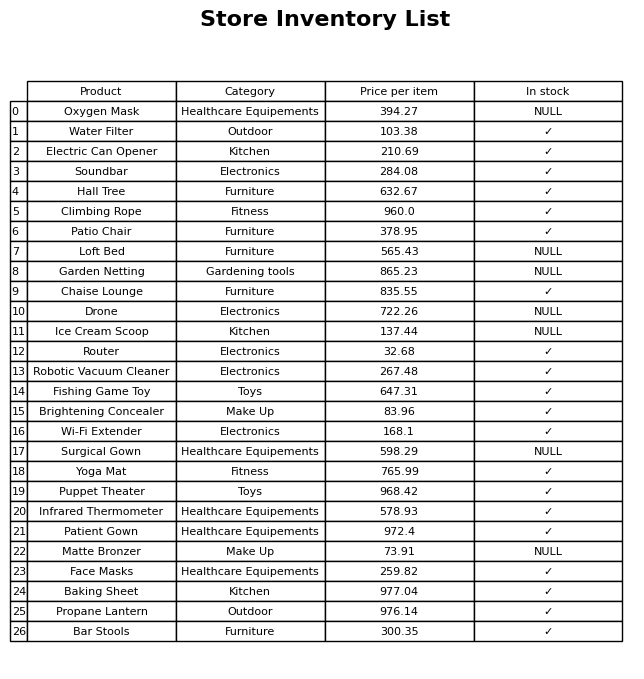
question: What is the price for Puppet Theater?
answer: The price of Puppet Theater is 968.42.